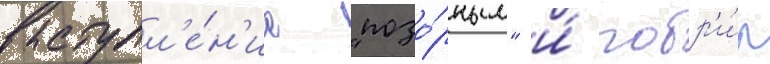
выступл'е́н'ие "позо́рным" и́ побр'и́л